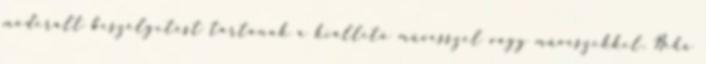
moderált beszélgetést tartanak a kiállító művésszel vagy művészekkel. Néha